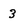
Character: 3